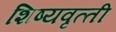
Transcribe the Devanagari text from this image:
शिष्‍यवृत्‍ती